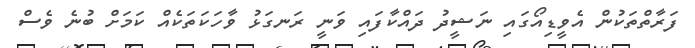
ފަރާތްތަކުން އެވީޑިއޯގައި ނަޝީދު ދައްކާފައި ވަނީ ރަނގަޅު ވާހަކަތަކެއް ކަމަށް ބުނެ ވެސް